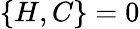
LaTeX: \{ H,C\} =0